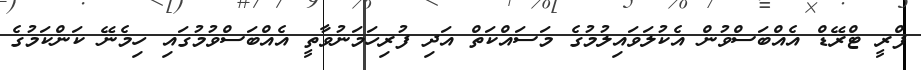
ފްރީ ޓްރޭޑް އެއްބަސްވުން އެކުލަވައިލުމުގެ މަސައްކަތް އަދި ފުރިހަަމަނުވާތީ އެއްބަސްވުމުގައި ހިމެނޭ ކަންކަމުގެ